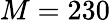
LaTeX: M=230